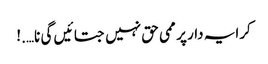
کرایہ دار پر ممی حق نہیں جتائیں گی نا….!